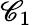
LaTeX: \mathscr{C}_{1}